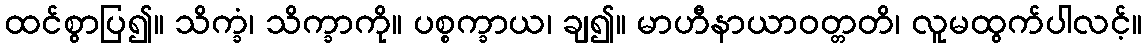
ထင်စွာပြ၍။ သိက္ခံ၊ သိက္ခာကို။ ပစ္စက္ခာယ၊ ချ၍။ မာဟီနာယာဝတ္တတိ၊ လူမထွက်ပါလင့်။